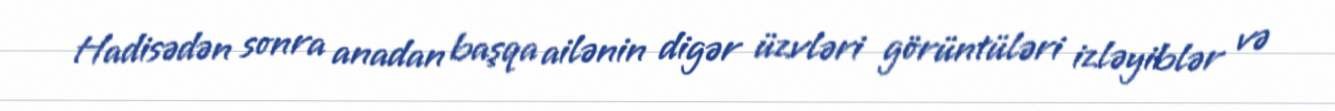
Hadisədən sonra anadan başqa ailənin digər üzvləri görüntüləri izləyiblər və